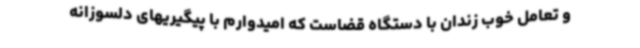
و تعامل خوب زندان با دستگاه قضاست که امیدوارم با پیگیریهای دلسوزانه